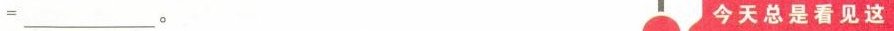
=$$___。 今天总是看见这